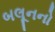
બલૂનનો